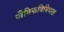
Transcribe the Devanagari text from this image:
जैविकविविधता